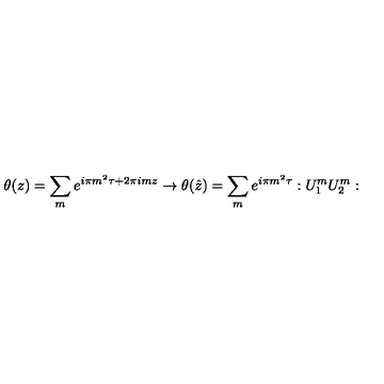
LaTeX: \theta ( z ) = \sum _ { m } e ^ { i \pi m ^ { 2 } \tau + 2 \pi i m z } \rightarrow \theta ( \hat { z } ) = \sum _ { m } e ^ { i \pi m ^ { 2 } \tau } : U _ { 1 } ^ { m } U _ { 2 } ^ { m } :